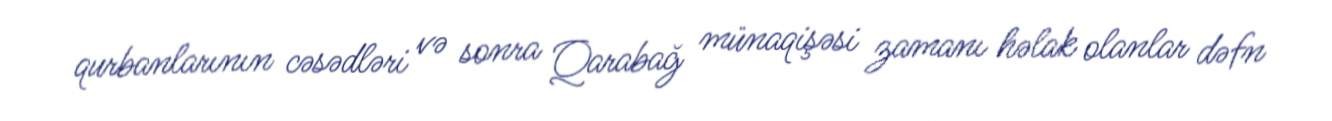
qurbanlarının cəsədləri və sonra Qarabağ münaqişəsi zamanı həlak olanlar dəfn